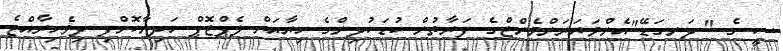
ސީ ގެ " ދަނގަޑޭ"އެންވަޔަރަންމެންޓްގެ ފަރާތުން ކުޑަކުދިންގެ ހިޔާއަށް ލެޕްޓޮޕް ހަދިޔާކޮށްފި ދިވެހިރާއްޖެ